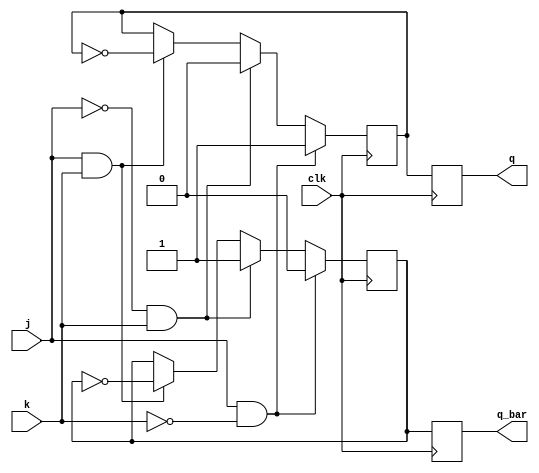
module jk_flipflop(
    input wire j, // input J
    input wire k, // input K
    input wire clk, // clock input
    output reg q, // output Q
    output reg q_bar // output Q'
);

// Master stage
reg m_q;
reg m_q_bar;

always@(posedge clk)
begin
    if(j && ~k)
    begin
        m_q <= 1;
        m_q_bar <= 0;
    end
    else if(~j && k)
    begin
        m_q <= 0;
        m_q_bar <= 1;
    end
    else if(j && k)
    begin
        m_q <= ~m_q;
        m_q_bar <= ~m_q_bar;
    end
end

// Slave stage
always@(posedge clk)
begin
    q <= m_q;
    q_bar <= m_q_bar;
end

endmodule